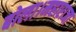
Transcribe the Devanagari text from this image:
बोला।महाराजा